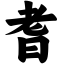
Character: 耆